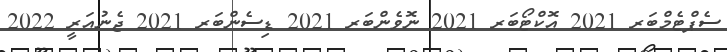
ސެޕްޓެމްބަރ 2021 އޮކްޓޯބަރ 2021 ނޮވެންބަރ 2021 ޑިސެންބަރ 2021 ޖެނުއަރީ 2022